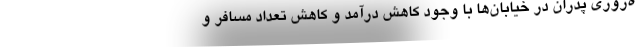
ه‌روزي پدران در خيابان‌ها با وجود كاهش درآمد و كاهش تعداد مسافر و